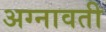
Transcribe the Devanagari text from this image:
अग्नावती